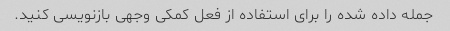
جمله داده شده را برای استفاده از فعل کمکی وجهی بازنویسی کنید.